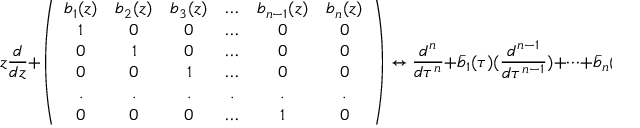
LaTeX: z \frac { d } { d z } + \left( \begin{array} { c c c c c c } { { b _ { 1 } ( z ) } } & { { b _ { 2 } ( z ) } } & { { b _ { 3 } ( z ) } } & { { \ldots } } & { { b _ { n - 1 } ( z ) } } & { { b _ { n } ( z ) } } \\ { { 1 } } & { { 0 } } & { { 0 } } & { { \ldots } } & { { 0 } } & { { 0 } } \\ { { 0 } } & { { 1 } } & { { 0 } } & { { \ldots } } & { { 0 } } & { { 0 } } \\ { { 0 } } & { { 0 } } & { { 1 } } & { { \ldots } } & { { 0 } } & { { 0 } } \\ { { . } } & { { . } } & { { . } } & { { . } } & { { . } } & { { . } } \\ { { 0 } } & { { 0 } } & { { 0 } } & { { \ldots } } & { { 1 } } & { { 0 } } \end{array} \right) \leftrightarrow \frac { d ^ { n } } { d \tau ^ { n } } + \bar { b } _ { 1 } ( \tau ) ( \frac { d ^ { n - 1 } } { d \tau ^ { n - 1 } } ) + \cdots + \bar { b } _ { n } ( \tau ) ,